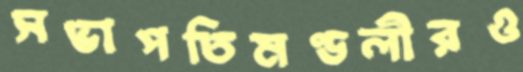
সভাপতিমণ্ডলীরও